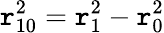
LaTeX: \mathtt{r}_{10}^{2}=\mathtt{r}_{1}^{2}-\mathtt{r}_{0}^{2}